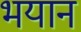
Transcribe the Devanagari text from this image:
भयान